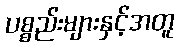
ပစ္စည်းများနှင့်အတူ